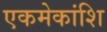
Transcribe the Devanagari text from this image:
एकमेकांशि